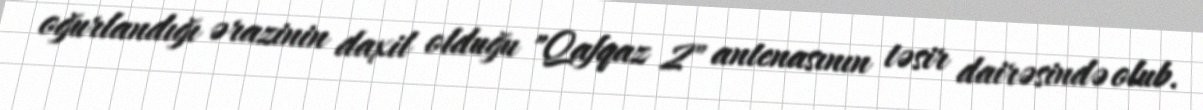
oğurlandığı ərazinin daxil olduğu "Qafqaz 2" antenasının təsir dairəsində olub.